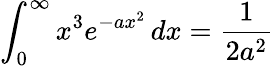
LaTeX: \int_{0}^{\infty}{x^{3}e^{-ax^{2}}\, dx}={\frac{1}{2a^{2}}}